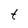
Character: t